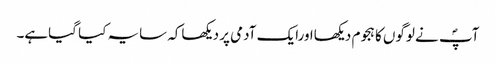
آپؐ نے لوگوں کا ہجوم دیکھااورایک آدمی پر دیکھاکہ سایہ کیا گیاہے۔